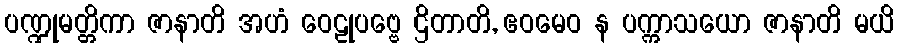
ပဏ္ဍုမတ္တိကာ ဇာနာတိ အဟံ ဝေဠုပဗ္ဗေ ဌိတာတိ, ဧဝမေဝ န ပက္ကာသယော ဇာနာတိ မယိ